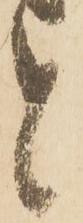
と